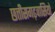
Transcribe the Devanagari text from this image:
छत्तीसगढ़वासियों